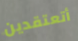
أتعتقدين